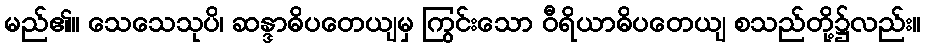
မည်၏။ သေသေသုပိ၊ ဆန္ဒာဓိပတေယျမှ ကြွင်းသော ဝီရိယာဓိပတေယျ စသည်တို့၌လည်း။